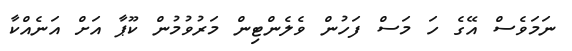
ނަމަވެސް އޭގެ ހަ މަސް ފަހުން ވެލެންޓިން މަރުވުމުން ކޫޕާ އަށް އަނެއްކާ